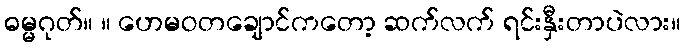
ဓမ္မဂုတ်။ ။ ဟေမဝတချောင်ကတော့ ဆက်လက် ရင်းနှီးတာပဲလား။